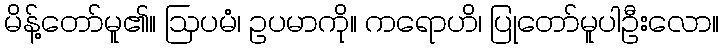
မိန့်တော်မူ၏။ ဩပမံ၊ ဥပမာကို။ ကရောဟိ၊ ပြုတော်မူပါဦးလော။